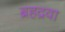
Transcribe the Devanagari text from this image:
ब्रहद्रवा